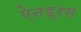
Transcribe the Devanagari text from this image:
ऐनड्रस